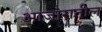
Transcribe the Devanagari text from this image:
आजारातील